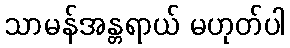
သာမန်အန္တရာယ် မဟုတ်ပါ